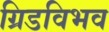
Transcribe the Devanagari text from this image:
ग्रिडविभव